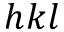
h k l